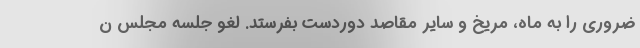
ضروری را به ماه، مریخ و سایر مقاصد دوردست بفرستد. لغو جلسه مجلس ن